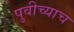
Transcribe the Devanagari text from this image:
पुवीच्याच